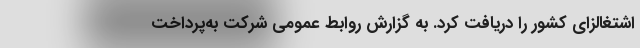
اشتغالزای کشور را دریافت کرد. به گزارش روابط عمومی شرکت به‌پرداخت